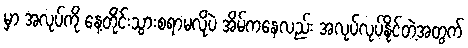
မှာ အလုပ်ကို နေ့တိုင်းသွားစရာမလိုပဲ အိမ်ကနေလည်း အလုပ်လုပ်နိုင်တဲ့အတွက်